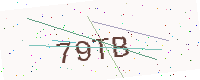
Text: 79TB